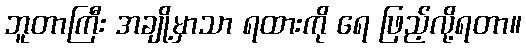
ဘူတာကြီး အချို့မှာသာ ရထားကို ရေ ဖြည့်လို့ရတာ။